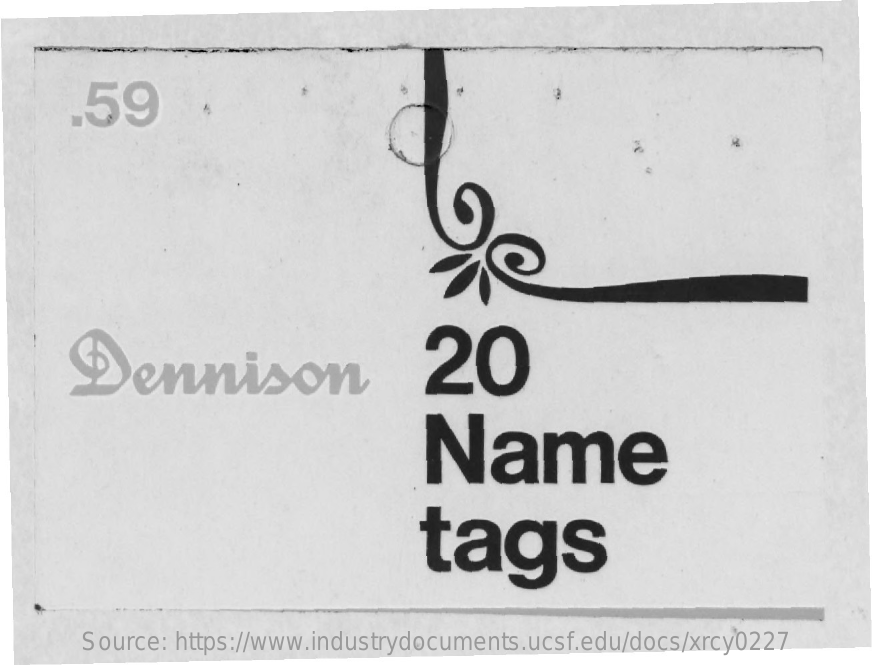
.59
     Dennison    20
     Name
     tags
     Source: https://www.industrydocuments.ucsf.edu/docs/xrcy0227